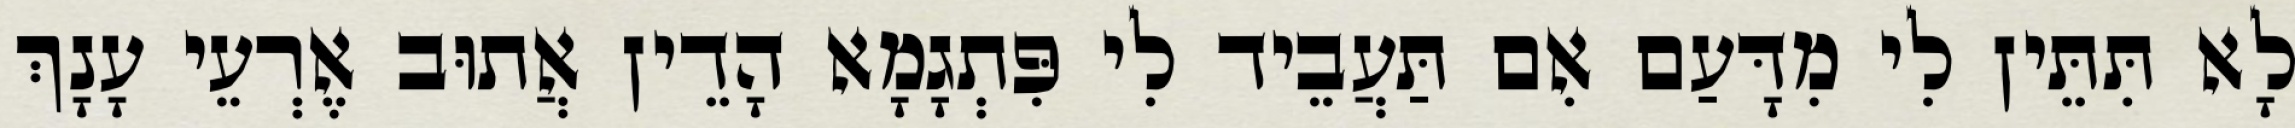
לָא תִּתֵּין לִי מִדָּעַם אִם תַּעֲבֵיד לִי פִּתְגָמָא הָדֵין אֲתוּב אֶרְעֵי עָנָךְ